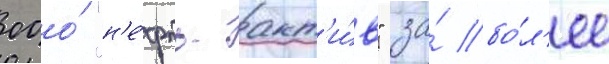
ооо́ "н'е́фть-акт'и́в" за́ бо́л'ее